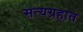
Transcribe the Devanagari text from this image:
सत्यग्रहात